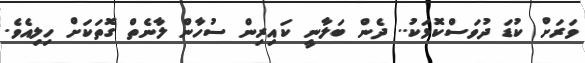
ވަރަށް ކުޑަ ދުވަސްކޮޅަކު.. ދެން ބަލާނީ ކައިރިން ސުހާން ލާނެތް ގޮތަކަށް ހިލިއެވެ.